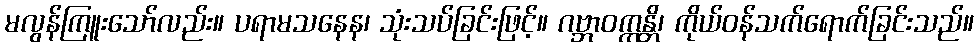
မလွန်ကြူးသော်လည်း။ ပရာမသနေန၊ သုံးသပ်ခြင်းဖြင့်။ ဂဗ္ဘာဝက္ကန္တိ၊ ကိုယ်ဝန်သက်ရောက်ခြင်းသည်။